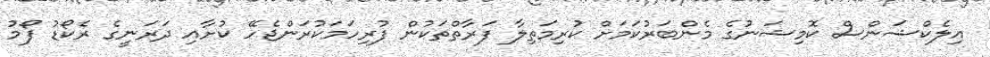
އިލެކްޝަންސް ކޮމިޝަނުގެ މެންބަރުކަމަށް ކުރިމަތިލާ ފަރާތްތަކުން ފުރިހަމަކުރަންޖެހޭ ކުށާއި ދަރަނީގެ ރެކޯޑު ފޯމު